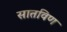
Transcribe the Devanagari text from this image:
सातविण